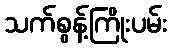
သက်စွန့်ကြိုးပမ်း